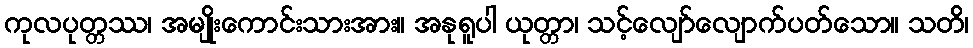
ကုလပုတ္တဿ၊ အမျိုးကောင်းသားအား။ အနုရူပါ ယုတ္တာ၊ သင့်လျော်လျောက်ပတ်သော။ သတိ၊